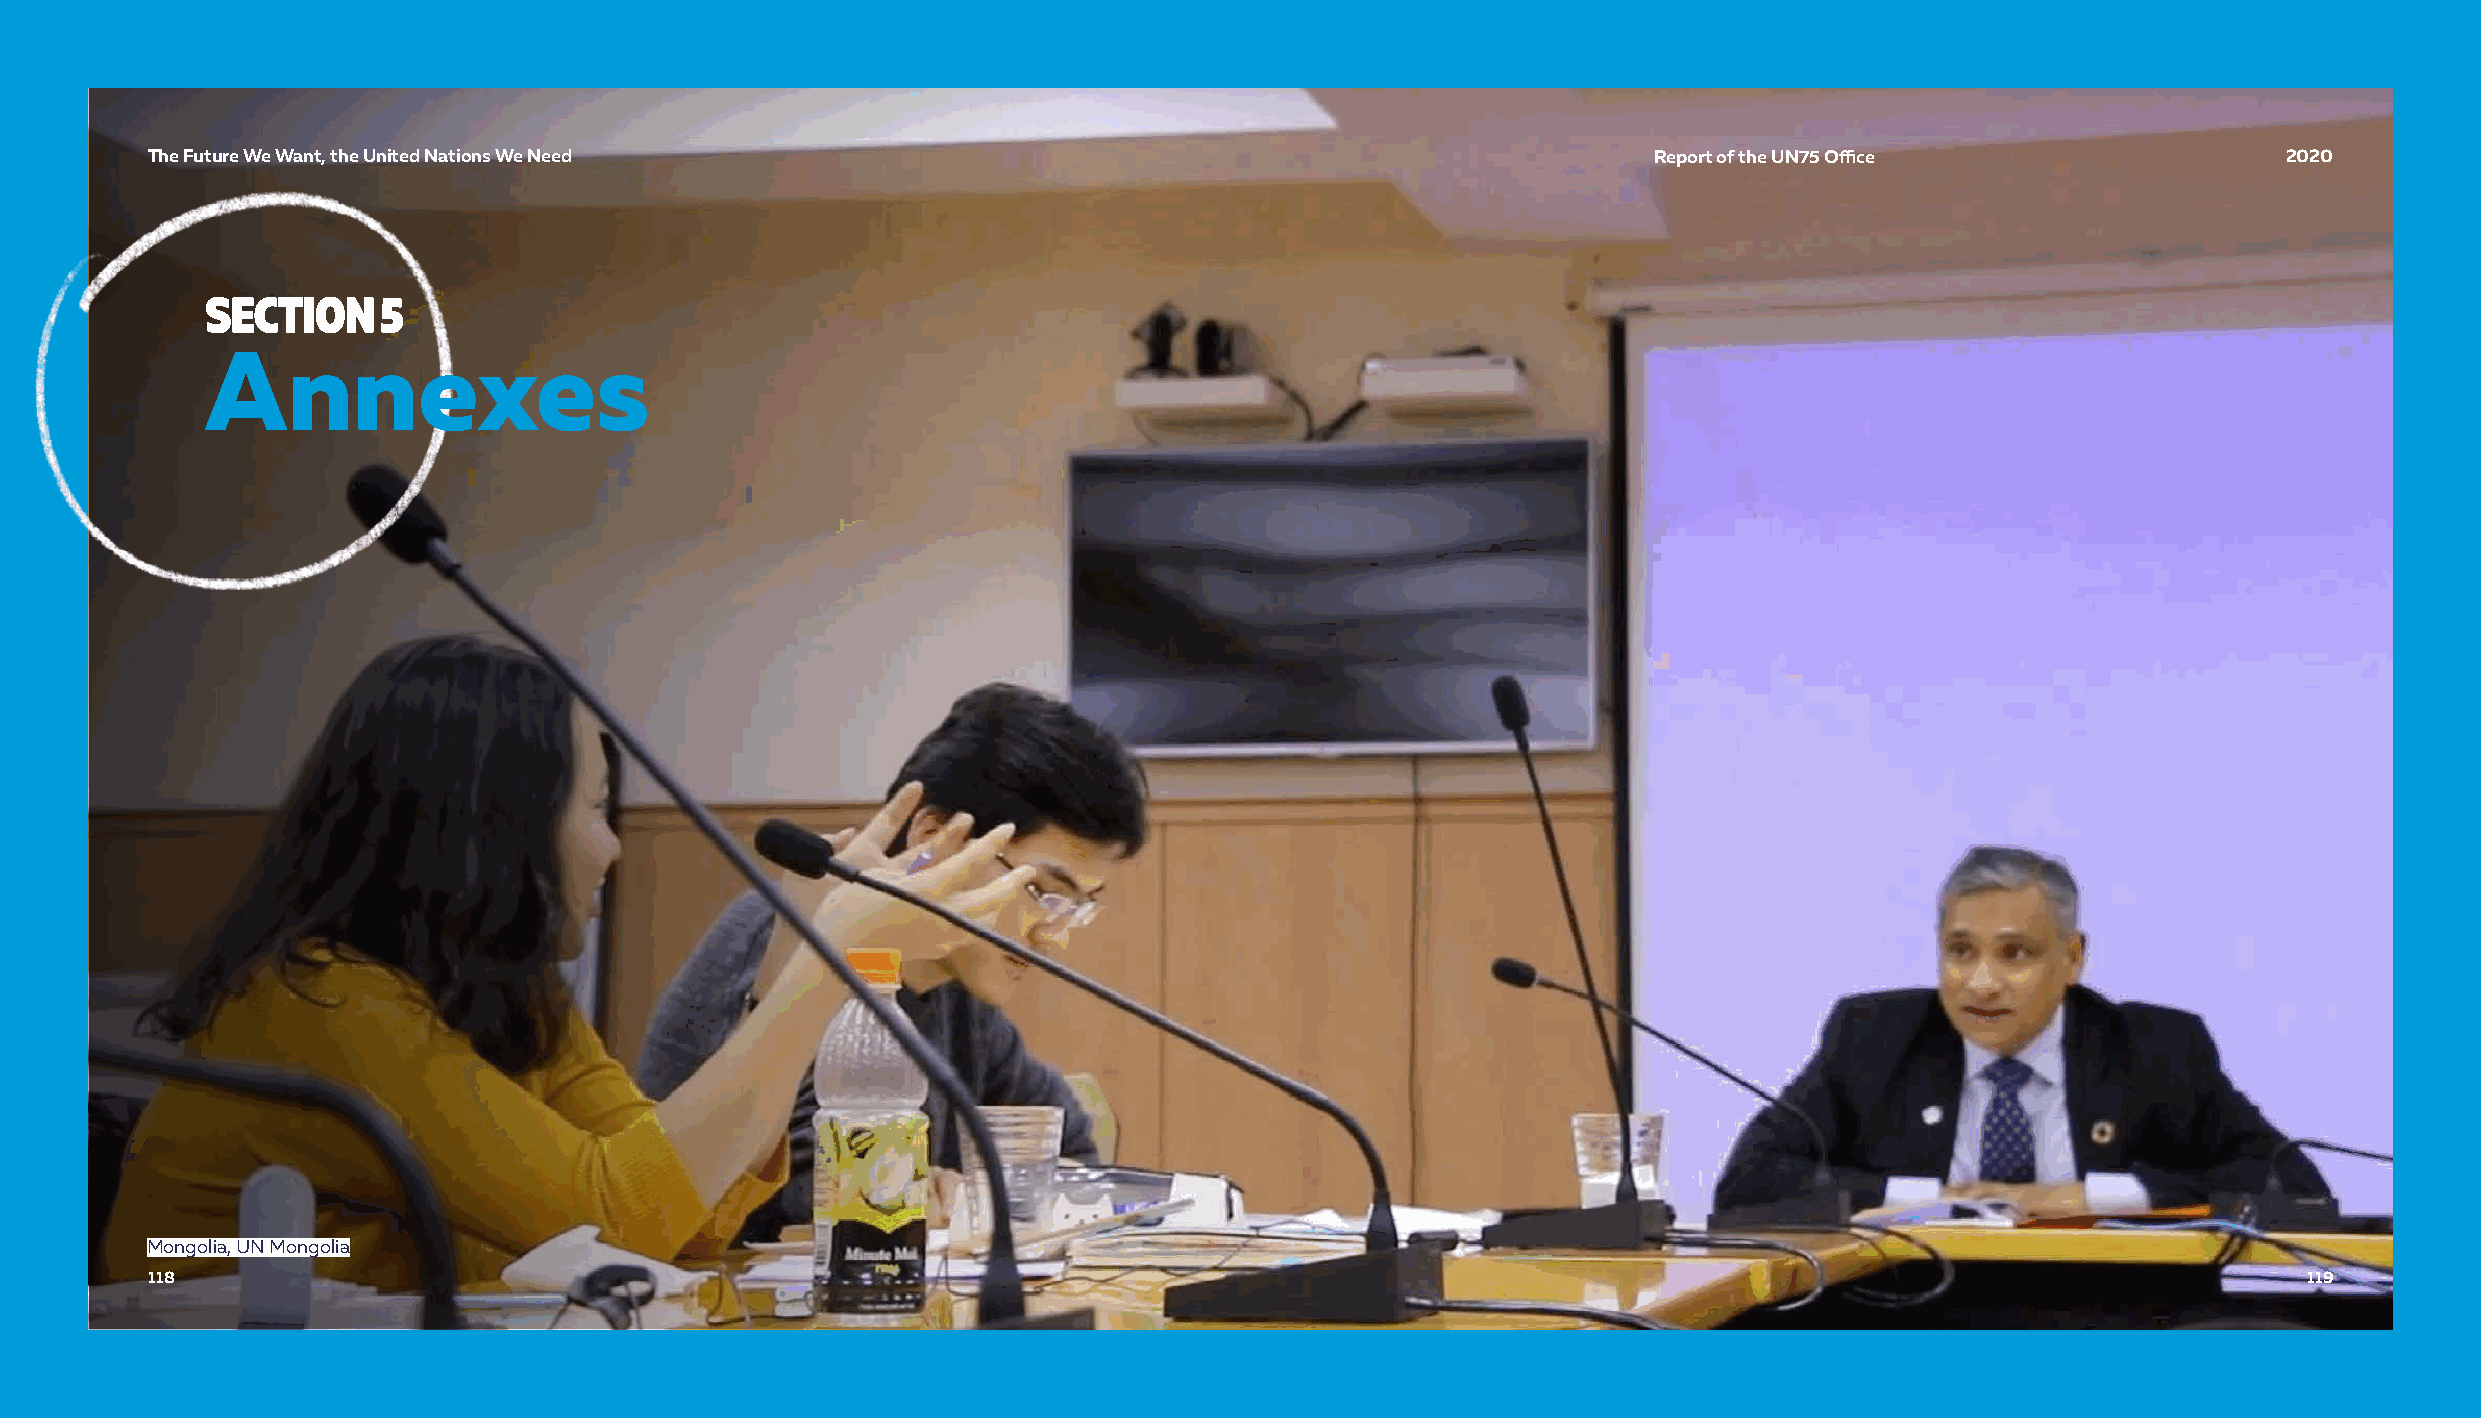
TThhee FFuuttuurree WWee WWaanntt,, tthhee UUnniitteedd NNaattiioonnss WWee NNeeeedd               RReeppoorrtt ooff tthhee UUNN7755 OOffifficcee 22002200
 SECTION    5
 Annexes
 Mongolia, UN Mongolia
 111188                                                                                                                                         111199